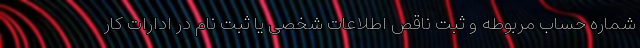
شماره حساب مربوطه و ثبت ناقص اطلاعات شخصی یا ثبت نام در ادارات کار